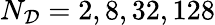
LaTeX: N_{\mathcal{D}}=2,8,32,128